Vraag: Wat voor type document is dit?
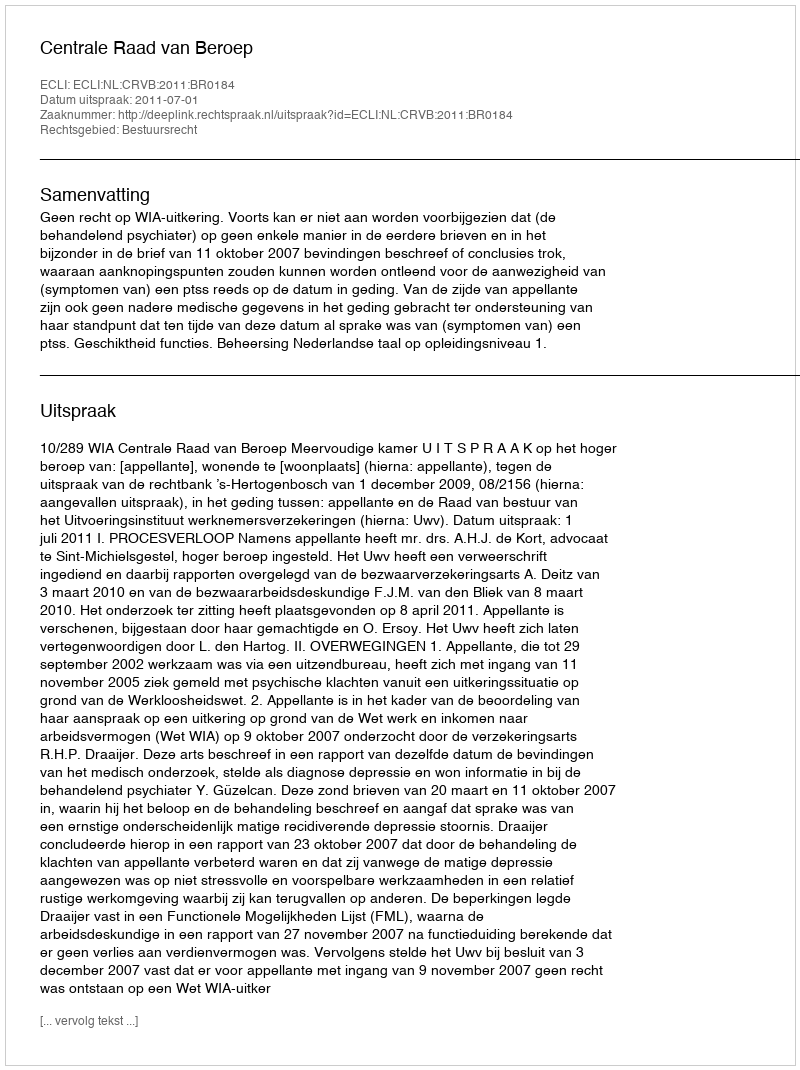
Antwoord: Uitspraak